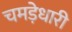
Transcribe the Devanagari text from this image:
चमड़ेधारी